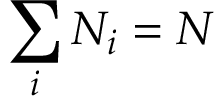
\sum _ { i } N _ { i } = N